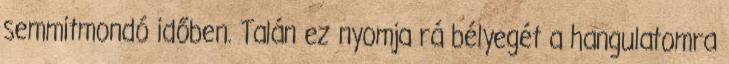
semmitmondó időben. Talán ez nyomja rá bélyegét a hangulatomra